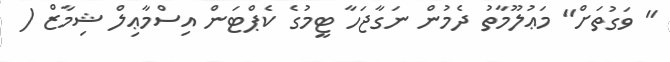
" ވަގުތަށް" މަޢުލޫމާތު ދެމުން ނަގާޖަހާ ޓީމުގެ ކެޕްޓަން އިސްމާޢިލް ޝިމާޒް (